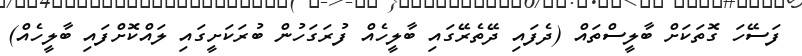
ފަސޭހަ ގޮތަކަށް ބާލީސްތައް (ދެފައި ދޭތެރޭގައި ބާލީހެއް ފުރަގަހުން ބުރަކަށީގައި ލައްކޮށްފައި ބާލީހެއް)